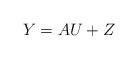
LaTeX: \begin{align*} Y=AU+Z \end{align*}